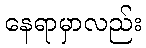
နေရာမှာလည်း